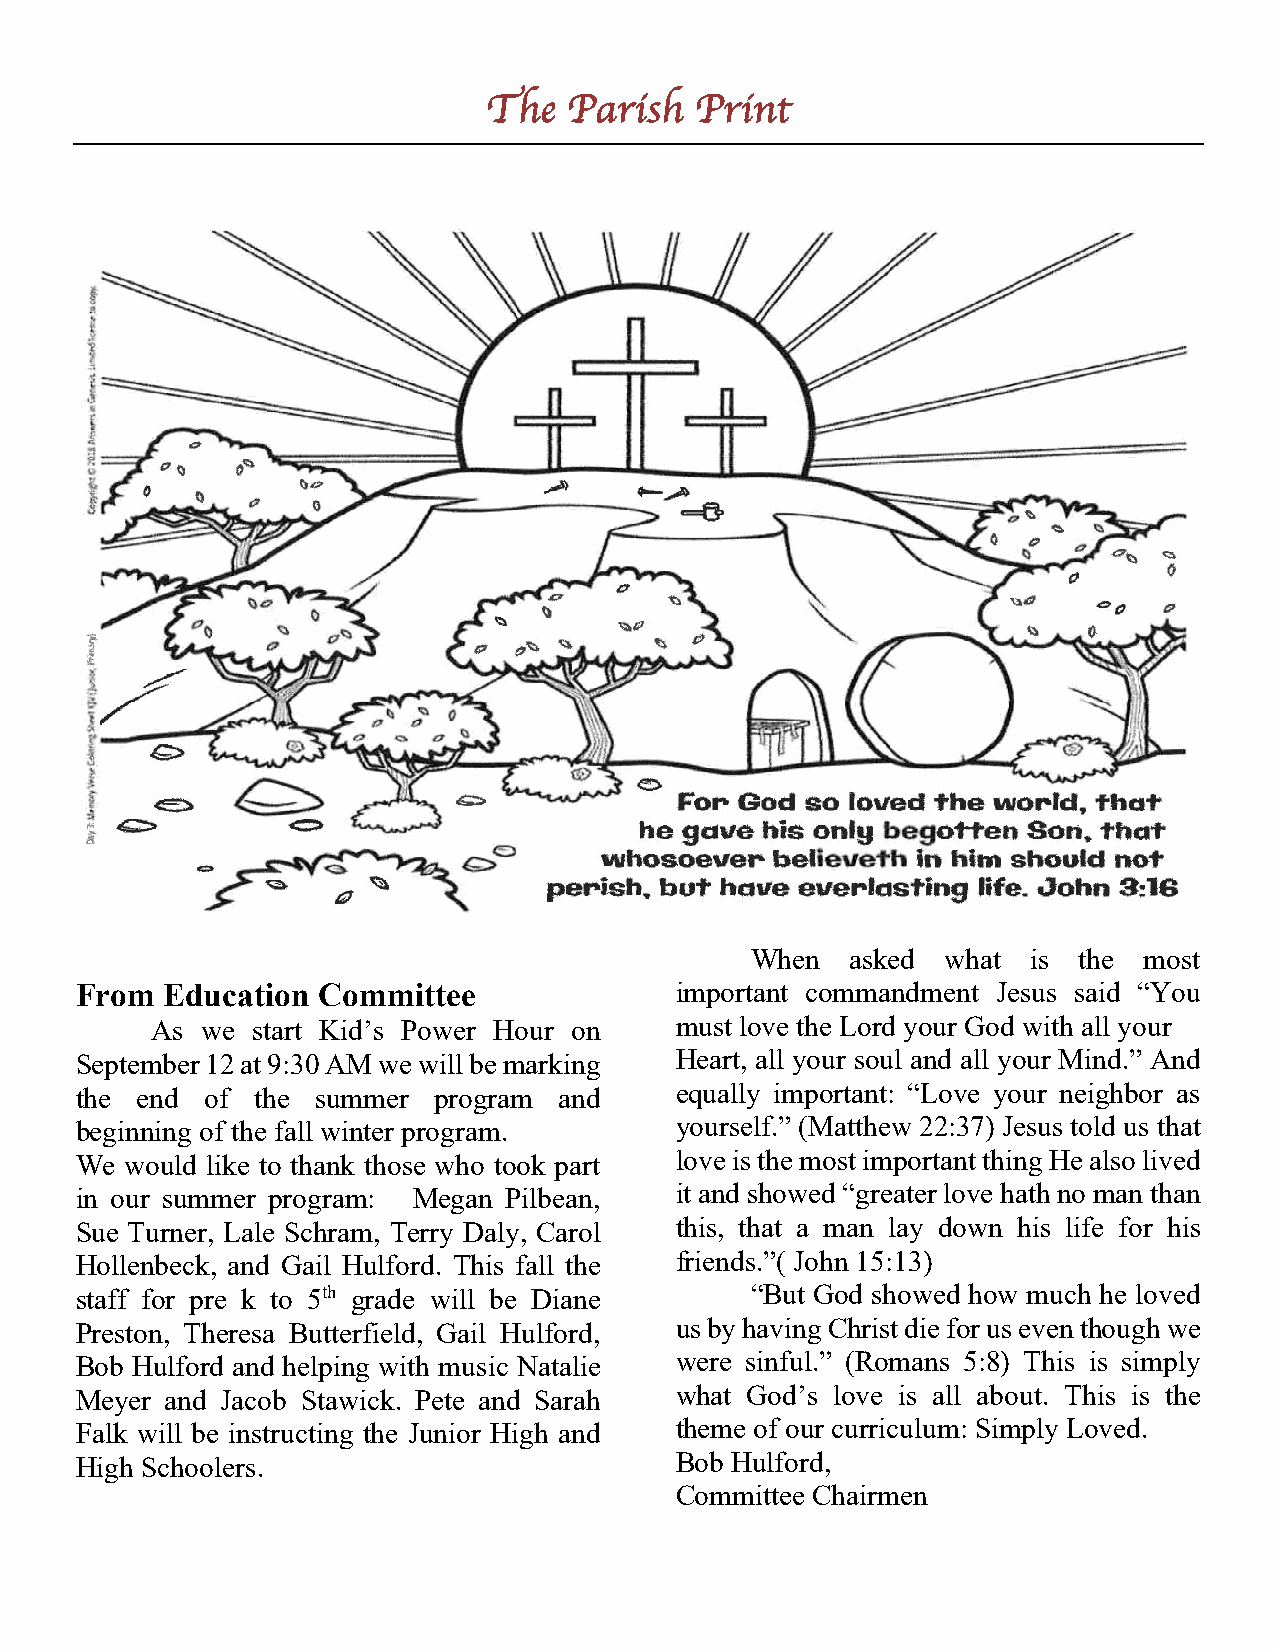
The   Parish  Print
 When  asked  what is the  most
 From  Education Committee               important commandment Jesus said “You
 As we  start Kid’s Power Hour on   must love the Lord your God with all your
 September 12 at 9:30 AM we will be marking Heart, all your soul and all your Mind.” And
 the end  of the summer  program and     equally important: “Love your neighbor as
 beginning of the fall winter program.   yourself.” (Matthew 22:37) Jesus told us that
 We would like to thank those who took part love is the most important thing He also lived
 in our summer program: Megan Pilbean,   it and showed “greater love hath no man than
 Sue Turner, Lale Schram, Terry Daly, Carol this, that a man lay down his life for his
 Hollenbeck, and Gail Hulford. This fall the friends.”( John 15:13)
 staff for pre k to 5th grade will be Diane   “But God showed how much he loved
 Preston, Theresa Butterfield, Gail Hulford, us by having Christ die for us even though we
 Bob Hulford and helping with music Natalie were sinful.” (Romans 5:8) This is simply
 Meyer and Jacob Stawick. Pete and Sarah what God’s love is all about. This is the
 Falk will be instructing the Junior High and theme of our curriculum: Simply Loved.
 High Schoolers.                         Bob Hulford,
 Committee Chairmen